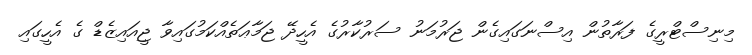
މިނިސްޓްރީގެ ފަރާތުން އިސްނަގައިގެން ޖަރުމަނު ސަރުކާރުގެ އެހީދޭ ޖަމާޢަތެއްކަމުގައިވާ ޖީއައިޒެޑް ގެ އެހީގައި